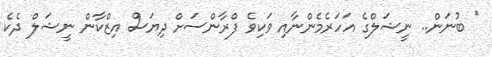
* ބުނަން.. ނީޝަލްގެ އަހަރެމެންނާއި ވަކިވެ ފްރާންސަށް ދިޔަސް އިޒްކާން ނީޝަލް ދެކެ